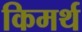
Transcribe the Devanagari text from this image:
किमर्थ